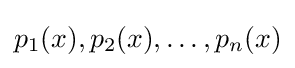
p_{1}(x),p_{2}(x),\dots ,p_{n}(x)